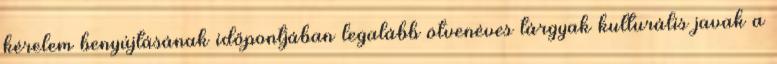
kérelem benyújtásának időpontjában legalább ötvenéves tárgyak kulturális javak a